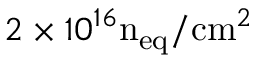
2 \times 1 0 ^ { 1 6 } \mathrm { n } _ { \mathrm { e q } } / \mathrm { c m } ^ { 2 }